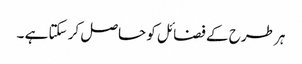
ہر طرح کے فضائل کو حاصل کر سکتا ہے ۔